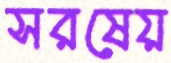
সরষেয়